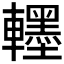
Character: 𮝯